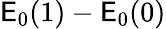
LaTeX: \mathsf{E}_{0}(1)-\mathsf{E}_{0}(0)